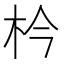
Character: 枔